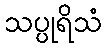
သပ္ပုရိသံ